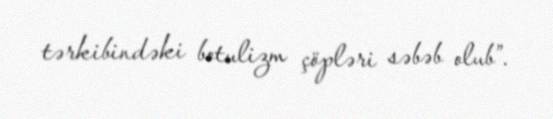
tərkibindəki botulizm çöpləri səbəb olub”.